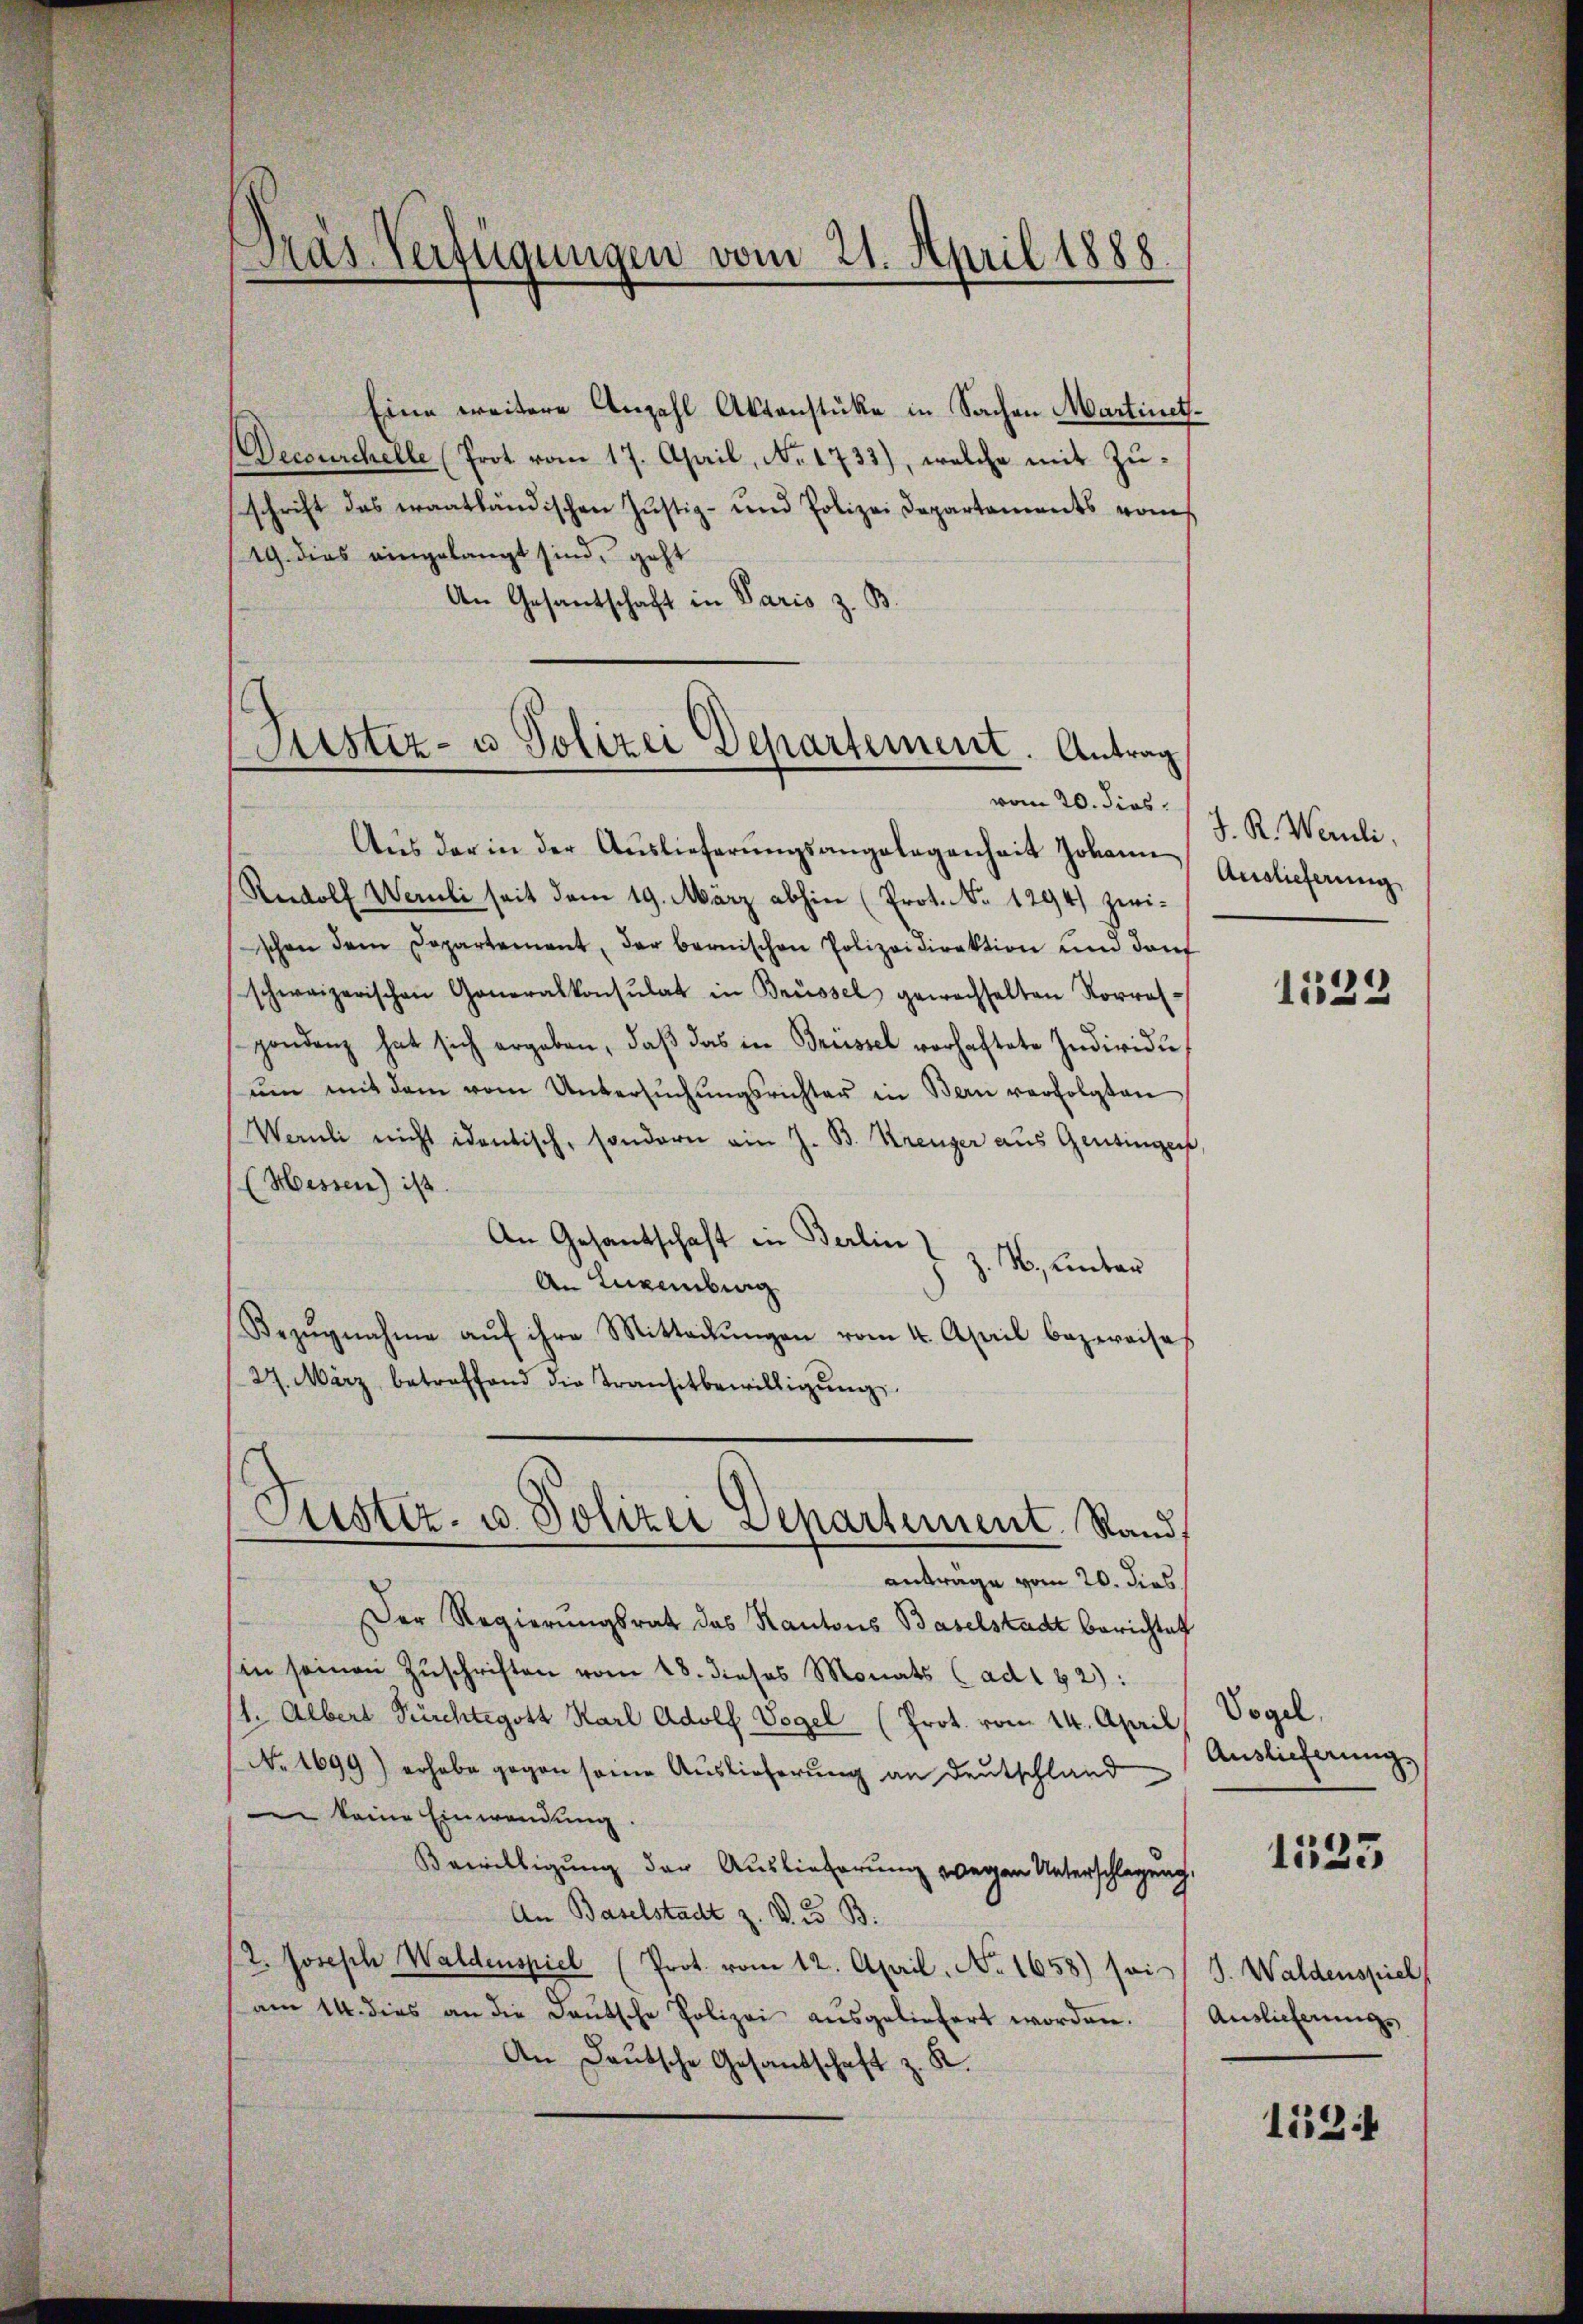
Eine weitere Anzahl Aktenstüke in Sachen Martinet¬
Decourchelle (Prot vom 17. April, No. 1733), welche mit Zuschrift das eraatländischen Justiz- und Polizei Departaments vom
19. dies eingelangt sind, geht
An Gesantschaft in Paris z. B.

Pras. Verfügungen vom 21. April 1888.

Pustiz- u Polizei Departement. Antrag

Aŭs der in der Aŭslieferŭngsangelegenheit Johann
Rudolf Wernli seit dem 19. März abhin (Prot. No 1294) zwischon dem Departement, der bernischen Polizeidirektion und darf
schweizerischen Generalkonsulat in Brüssel gewechselten Korres-
pondenz hat sich ergeben, daβ das in Brüssel vorhaftete Individue
ŭm mit dem vom Untersŭchŭngsrichter in Bern verfolgten
Wernli nicht identisch, sondern ein Z. B. Kreuzer aus Gesinger,
(Hessen) ist.
An Gesandtschaft in Berlin
N., unter
An Eugenburg
Bezŭgnahme aŭf ihre Mitteilŭngen vom 4. April bezweise
27. März betreffend die Transitbewilligŭng
Jüster- u Polizei Departement Rand,
anträge vom 20. dies
Der Regierungsrath das Kantons Baselstadt berichtet
in seinen Zŭschriften vom 18. dieses Monats (ad 182):
1. Albert Fürchtegott Karl Adolf Vogel (Prot. vom 14. April
No. 1699) erhabe gegen seine Auslieferung an Deutschland
e keine Einwendung.
Bewilligung der Auslieferung wegen Unterschlagung,
An Baselstadt z. V. B.
/2. Joseph Waldenspiel (Prot. vom 12. April. No. 1658) sei (S. Waldenspiel
am 14. dies an die Daŭtsche Polizei aŭsgeliefert worden. (Auslieferungs
An Deutsche Gesandschaft z. R.

vom 20. dies J. R. Wernli,
Auslieferung

1522

Vogel.
Auslieferung
1525

112